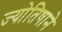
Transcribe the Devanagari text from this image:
ज्योतिषाने